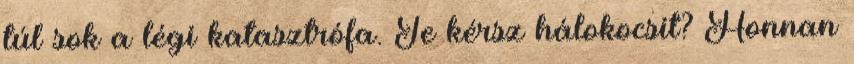
túl sok a légi katasztrófa. Te kérsz hálokocsit? Honnan